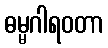
ဓမ္မဂါရဝတာ